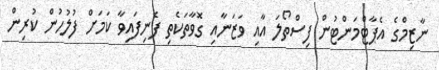
ނާޒިމްގެ އެޕާޓްމަންޓުން ފިސްތޯލަ އާއި ވަޒަނާއި ގޮވާތަކެތި ފެނިފައިވާ ކަމަށް ފުލުހުން ކުރިން